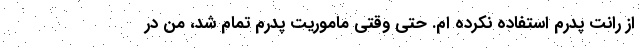
از رانت پدرم استفاده نکرده ام. حتی وقتی ماموریت پدرم تمام شد، من در